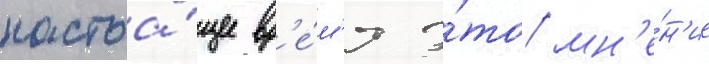
настоа́щее вр'е́м'я э́то мн'е́н'ие